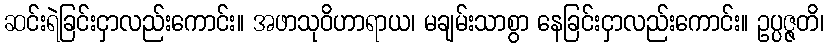
ဆင်းရဲခြင်းငှာလည်းကောင်း။ အဖာသုဝိဟာရာယ၊ မချမ်းသာစွာ နေခြင်းငှာလည်းကောင်း။ ဥပ္ပဇ္ဇတိ၊